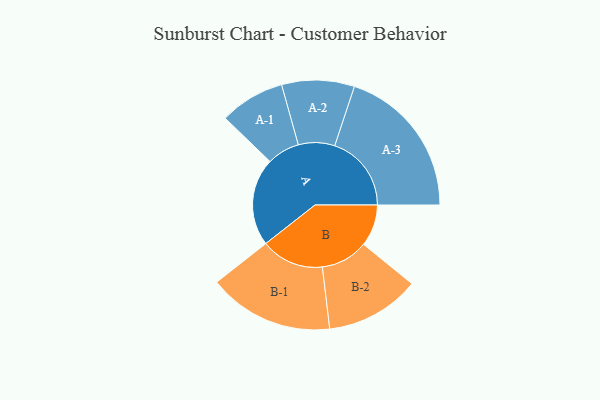
{"axis": {"x": "Segment", "y": "Value"}, "legend": ["", "A", "B"], "data": [{"x": "A", "y": 305, "type": ""}, {"x": "B", "y": 145, "type": ""}, {"x": "A-1", "y": 113, "type": "A"}, {"x": "A-2", "y": 126, "type": "A"}, {"x": "A-3", "y": 266, "type": "A"}, {"x": "B-1", "y": 218, "type": "B"}, {"x": "B-2", "y": 164, "type": "B"}]}